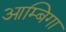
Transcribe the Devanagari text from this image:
आम्बिगा